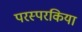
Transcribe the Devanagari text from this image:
परस्परकिया